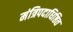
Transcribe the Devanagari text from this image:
मंत्रिपदाधिष्ठित